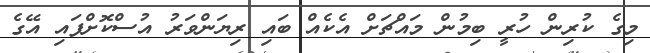
މިގެ ކުރިން ހުރީ ބިމުން މައްޗަށް އެކެއް ބައި ރިޔަންވަރު އުސްކޮށްފައި އޭގެ